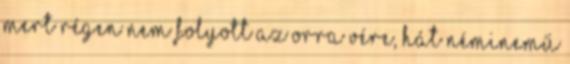
mert régen nem folyott az orra vére, hát néminemű